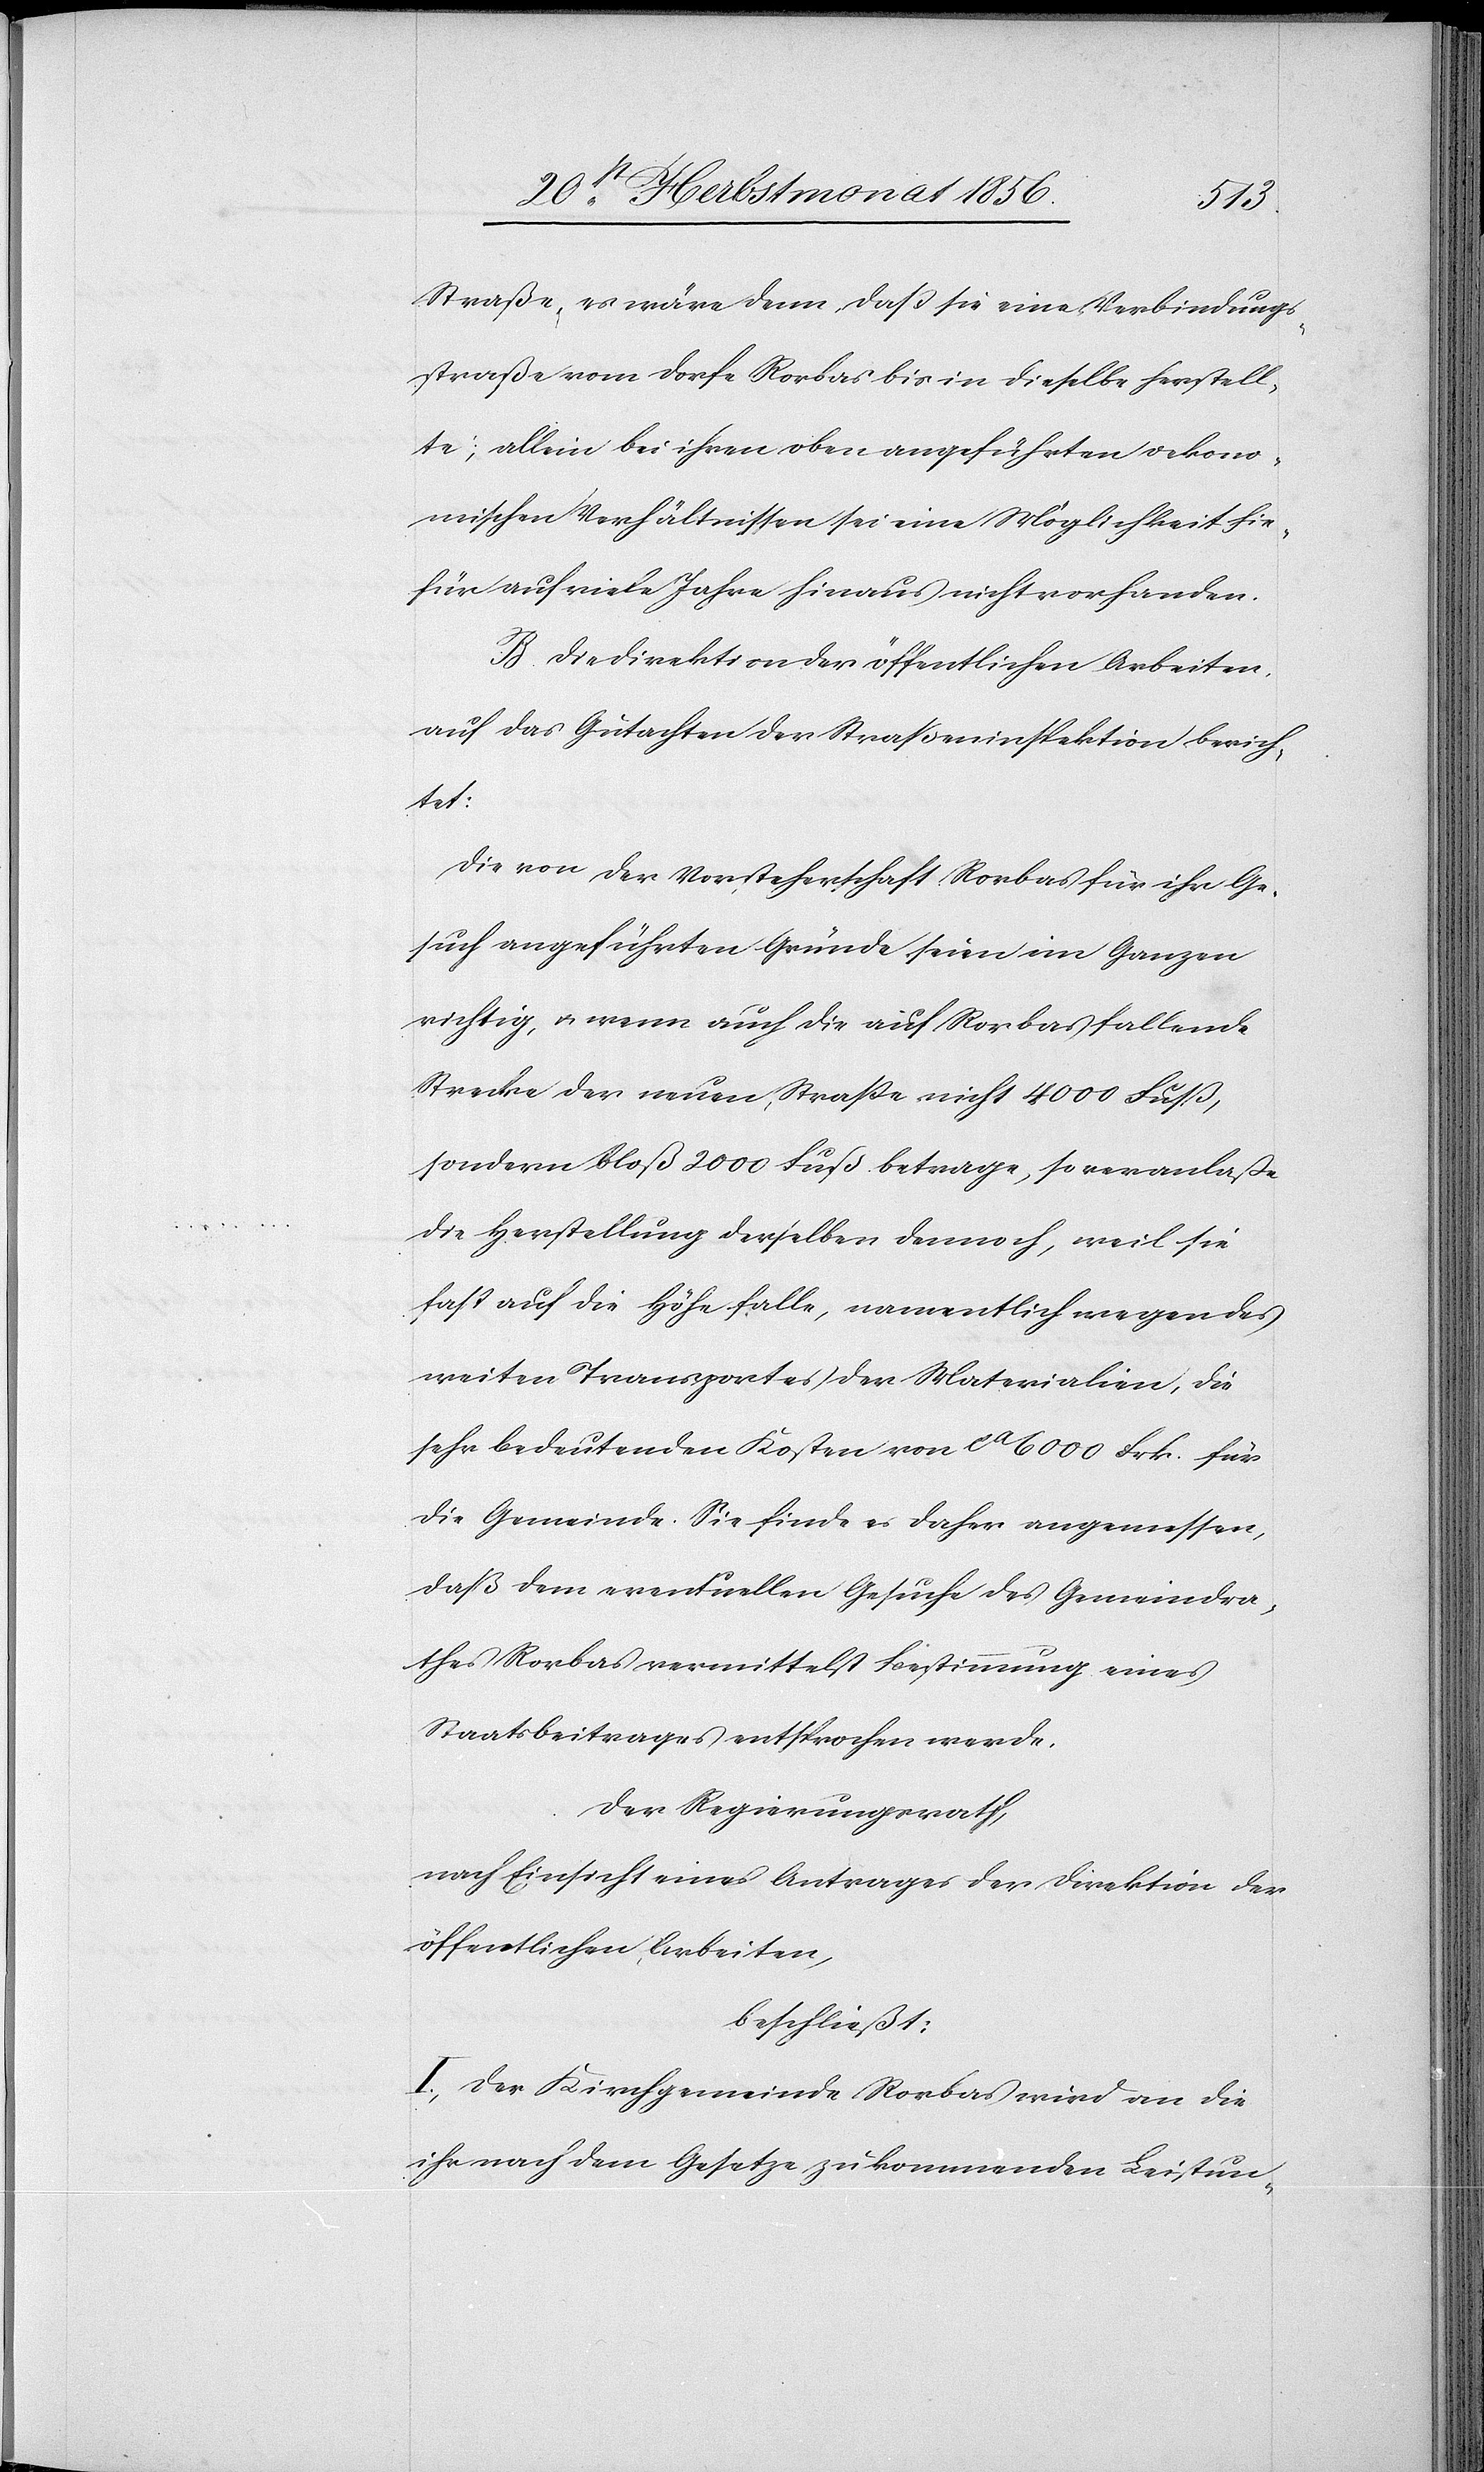
Straße, es wäre denn, dass sie eine Verbindungs¬
straße vom Dorfe Rorbas bis in dieselbe herstell¬
te; allein bei ihren oben angeführten oekono¬
mischen Verhältnissen sei eine Möglichkeit hie¬
für auf viele Jahre hinaus nicht vorhanden.
B. Die Direktion der öffentlichen Arbeiten,
auf das Gutachten der Straßeninspektion berich¬
tet:
Die von der Vorsteherschaft Rorbas für ihr Ge¬
such angeführten Gründe seien im Ganzen
richtig, u. wenn auch die auf Rorbas fallende
Strecke der neuen Strasse nicht 4000 Fuß,
sondern bloß 2000 Fuß betrage, so veranlaße
die Herstellung derselben dennoch, weil sie
fast auf die Höhe falle, namentlich wegen des
weiten Transportes der Materialien, die
sehr bedeutenden Kosten von ca 6000 Frk. für
die Gemeinde. Sie finde es daher angemessen,
daß dem eventuellen Gesuche des Gemeindra¬
thes Rorbas vermittelst Bestimmung eines
Staatsbeitrages entsprochen werde.
Der Regierungsrath,
nach Einsicht eines Antrages der Direktion der
öffentlichen Arbeiten,
beschließt:
I.) Der Kirchgemeinde Rorbas wird an die
ihr nach dem Gesetze zukommenden Leistun-